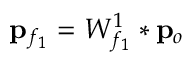
{ \bf p } _ { f _ { 1 } } = W _ { f _ { 1 } } ^ { 1 } * { \bf p } _ { o }